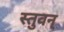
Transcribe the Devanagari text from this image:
स्तुवन्